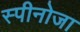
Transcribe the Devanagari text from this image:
स्पीनोजा